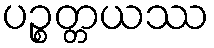
ပဉ္စတ္တယဿ